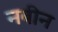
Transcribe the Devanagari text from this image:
नबीन